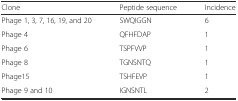
<table><thead><tr><td><b>Clone</b></td><td><b>Peptide sequence</b></td><td><b>Incidence</b></td></tr></thead><tbody><tr><td>Phage 1, 3, 7, 16, 19, and 20</td><td>SWQIGGN</td><td>6</td></tr><tr><td>Phage 4</td><td>QFHFDAP</td><td>1</td></tr><tr><td>Phage 6</td><td>TSPFVVP</td><td>1</td></tr><tr><td>Phage 8</td><td>TGNSNTQ</td><td>1</td></tr><tr><td>Phage15</td><td>TSHFEVP</td><td>1</td></tr><tr><td>Phage 9 and 10</td><td>IGNSNTL</td><td>2</td></tr></tbody></table>